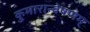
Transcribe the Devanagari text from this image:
कुमारान्वेषणम्